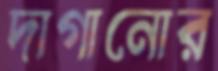
দাগানোর